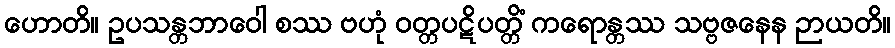
ဟောတိ။ ဥပသန္တဘာဝေါ စဿ ဗဟုံ ဝတ္တပဋိပတ္တိံ ကရောန္တဿ သဗ္ဗဇနေန ဉာယတိ။